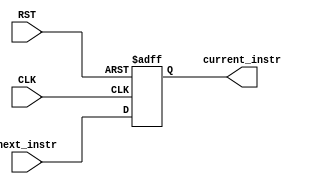
module ProgrammCounter #(
    parameter  PC_width = 'd32
) (
    input wire [PC_width-1:0]   next_instr,
    input wire                  CLK,
    input wire                  RST,
    output reg [PC_width-1:0]   current_instr
);

/*
Program counter is a 32-bit register, its output is the address of the current 
instruction and its input is the address of the next instruction
*/

always @(posedge CLK or negedge RST) begin
    //Asynchronous Reset
    if(!RST) begin
       current_instr <= 'b0; 
    end

    else begin
        current_instr <= next_instr;
    end
    
end
    
endmodule